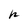
Character: h